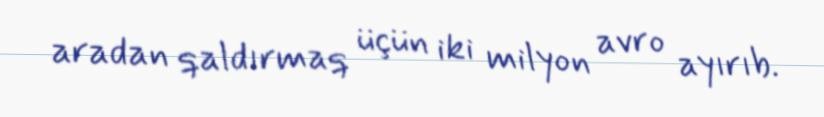
aradan qaldırmaq üçün iki milyon avro ayırıb.